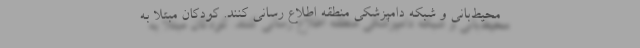
محیط‌بانی و شبکه دامپزشکی منطقه اطلاع رسانی کنند. کودکان مبتلا به